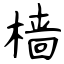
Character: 樯